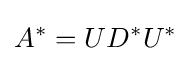
A^{*}=UD^{*}U^{*}